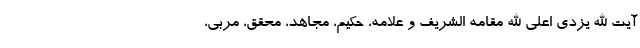
آیت الله یزدی اعلی الله مقامه الشریف و علامه، حکیم، مجاهد، محقق، مربی،